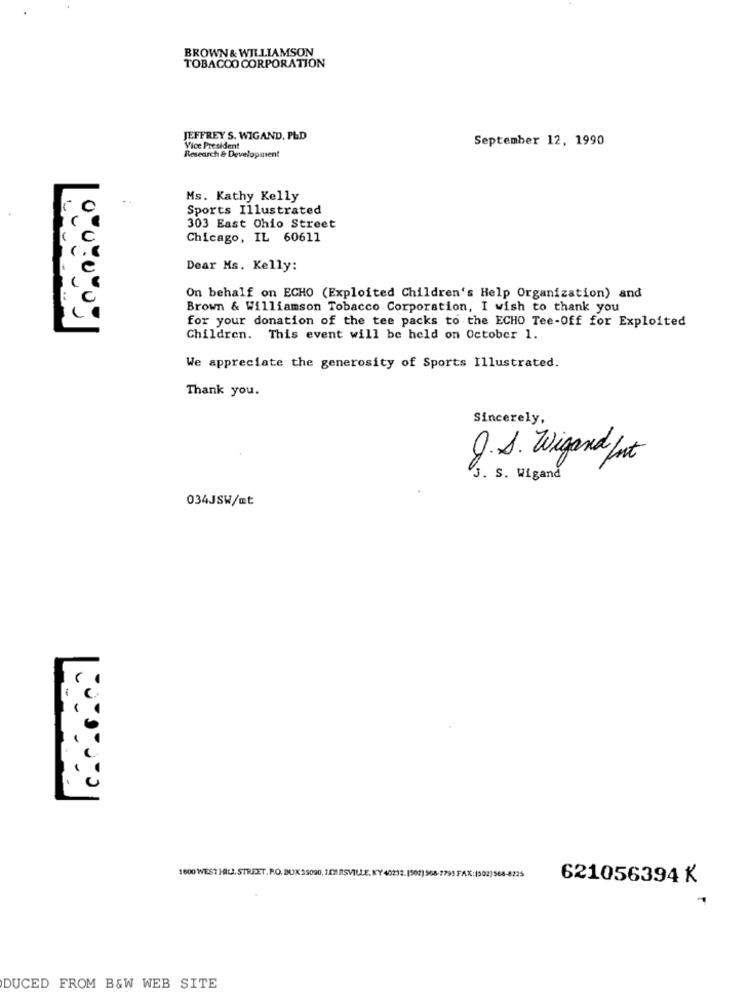
BROWN & WILLIAMSON
TOBACCO CORPORATION
JEFFREY S. WIGAND. PLD
September 12, 1990
Vice President
Research & Development
Ms. Kathy Kelly
Sports Illustrated
303 East Ohio Street
Chicago, IL 60611
Dear Ms. Kelly:
On behalf on ECHO (Exploited Children's Help Organization) and
Brown & Williamson Tobacco Corporation, I wish to thank you
for your donation of the tee packs to the ECHO Tee-Off for Exploited
Children. This event will be held on October 1.
We appreciate the generosity of Sports Illustrated.
Thank you.
Sincerely,
J.S. Wigand put
3. S. Wigand
034JSW/mt
1600 WEST HILL. STREET. P.O. BUK 35090, 10M /SVILLE, KY 40212. [507) 968-7795 FAX:(302)568-8225
621056394 K
DUCED FROM B&W WEB SITE